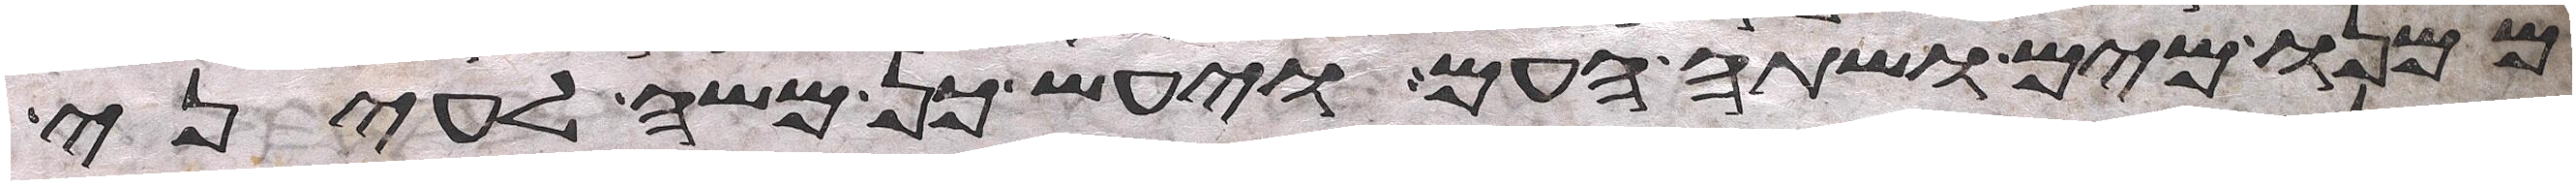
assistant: ממנו מים ושתה העם ויעש כן משה לעיני